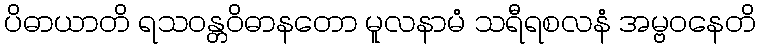
ပိဓာယာတိ ရသဝန္တဝိဓာနတော မူလနာမံ သရီရစလနံ အမ္ဗဝနေတိ